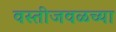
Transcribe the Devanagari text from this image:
वस्तीजवळच्या